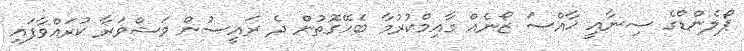
ޕޯލެންޑްގެ ސިނާއީ ޚާއްސަ ޒޯނެއް ގާއިމްކުރުމާ ބެހޭގޮތުން ދެ ރައީސުން މަޝްވަރާ ކުރައްވާފައި